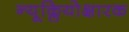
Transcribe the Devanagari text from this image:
न्यूक्लियोक्षारक